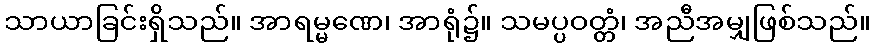
သာယာခြင်းရှိသည်။ အာရမ္မဏေ၊ အာရုံ၌။ သမပ္ပဝတ္တံ၊ အညီအမျှဖြစ်သည်။